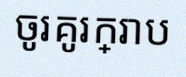
ចូរគូរក្រាប